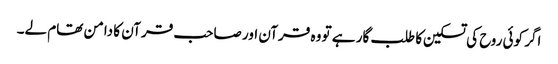
اگر کوئی روح کی تسکین کا طلب گار ہے تو وہ قرآن اور صاحب قرآن کا دامن تھام لے۔